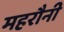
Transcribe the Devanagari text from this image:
महरौनी